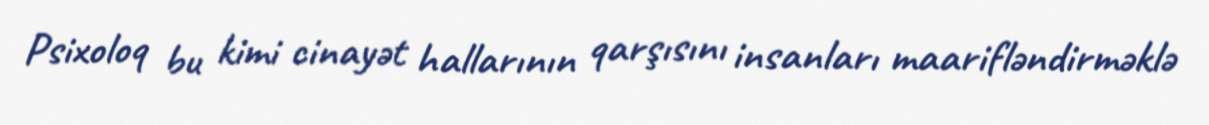
Psixoloq bu kimi cinayət hallarının qarşısını insanları maarifləndirməklə